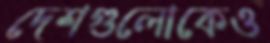
দেশগুলোকেও